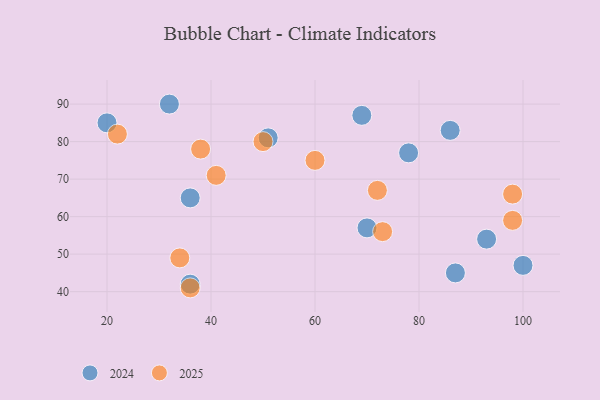
{"axis": {"x": "GDP", "y": "Life Expectancy"}, "legend": ["2024", "2025"], "data": [{"x": "60", "y": 75, "type": "2025"}, {"x": "34", "y": 49, "type": "2025"}, {"x": "41", "y": 71, "type": "2025"}, {"x": "73", "y": 56, "type": "2025"}, {"x": "72", "y": 67, "type": "2025"}, {"x": "38", "y": 78, "type": "2025"}, {"x": "36", "y": 41, "type": "2025"}, {"x": "98", "y": 66, "type": "2025"}, {"x": "22", "y": 82, "type": "2025"}, {"x": "98", "y": 59, "type": "2025"}, {"x": "50", "y": 80, "type": "2025"}, {"x": "100", "y": 47, "type": "2024"}, {"x": "36", "y": 42, "type": "2024"}, {"x": "32", "y": 90, "type": "2024"}, {"x": "20", "y": 85, "type": "2024"}, {"x": "86", "y": 83, "type": "2024"}, {"x": "70", "y": 57, "type": "2024"}, {"x": "93", "y": 54, "type": "2024"}, {"x": "51", "y": 81, "type": "2024"}, {"x": "78", "y": 77, "type": "2024"}, {"x": "36", "y": 65, "type": "2024"}, {"x": "69", "y": 87, "type": "2024"}, {"x": "87", "y": 45, "type": "2024"}]}